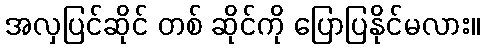
အလှပြင်ဆိုင် တစ် ဆိုင်ကို ပြောပြနိုင်မလား။